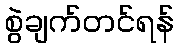
စွဲချက်တင်ရန်